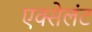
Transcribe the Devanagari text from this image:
एक्सेलंट